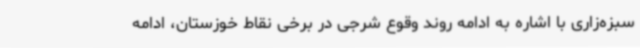
سبزه‌زاری با اشاره به ادامه روند وقوع شرجی در برخی نقاط خوزستان، ادامه